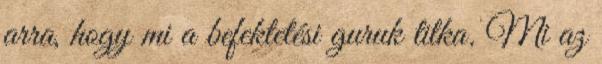
arra, hogy mi a befektetési guruk titka. Mi az